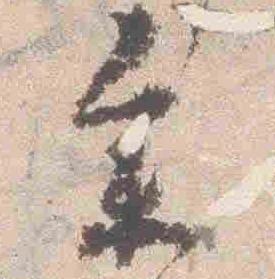
参